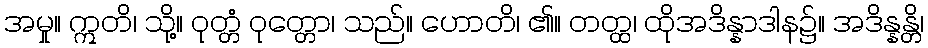
အမှု။ ဣတိ၊ သို့။ ဝုတ္တံ ဝုတ္တော၊ သည်။ ဟောတိ၊ ၏။ တတ္ထ၊ ထိုအဒိန္နာဒါန၌။ အဒိန္နန္တိ၊